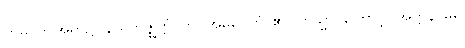
ဣဓ၊ ဤအရာ၌။ နိယကဇ္ဈတ္တံ၊ ကို။ အဓိပ္ပေတံ၊ ၏။ တသ္မာ၊ ကြောင့်။ အတ္တနိ၊ မိမိ